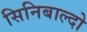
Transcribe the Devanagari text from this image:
सिनिबाल्दो